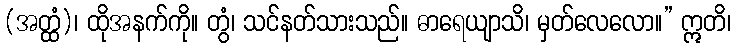
(အတ္ထံ)၊ ထိုအနက်ကို။ တွံ၊ သင်နတ်သားသည်။ ဓာရေယျာသိ၊ မှတ်လေလော။” ဣတိ၊